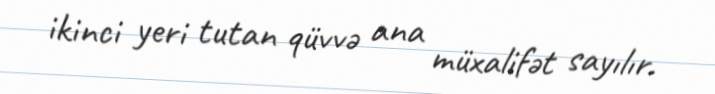
ikinci yeri tutan qüvvə ana müxalifət sayılır.